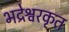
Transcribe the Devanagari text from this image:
भद्रेश्वरकृत